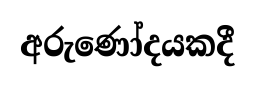
අරුණෝදයකදී